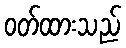
ဝတ်ထားသည်